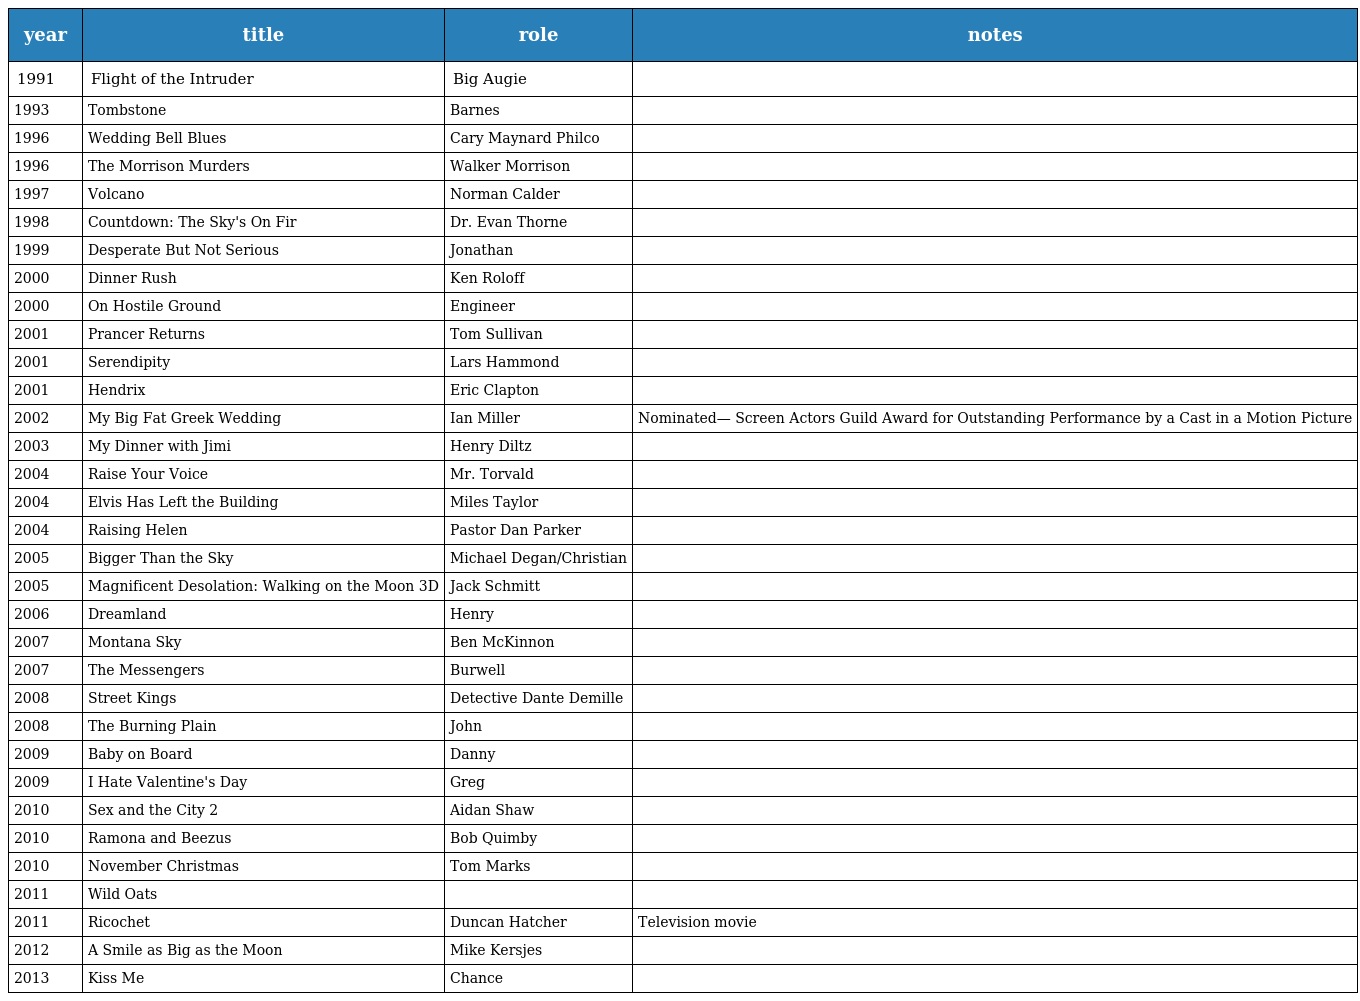
| year | title | role | notes |
 | --- | --- | --- | --- |
 | 1991 | Flight of the Intruder | Big Augie |  |
 | 1993 | Tombstone | Barnes |  |
 | 1996 | Wedding Bell Blues | Cary Maynard Philco |  |
 | 1996 | The Morrison Murders | Walker Morrison |  |
 | 1997 | Volcano | Norman Calder |  |
 | 1998 | Countdown: The Sky's On Fir | Dr. Evan Thorne |  |
 | 1999 | Desperate But Not Serious | Jonathan |  |
 | 2000 | Dinner Rush | Ken Roloff |  |
 | 2000 | On Hostile Ground | Engineer |  |
 | 2001 | Prancer Returns | Tom Sullivan |  |
 | 2001 | Serendipity | Lars Hammond |  |
 | 2001 | Hendrix | Eric Clapton |  |
 | 2002 | My Big Fat Greek Wedding | Ian Miller | Nominated— Screen Actors Guild Award for Outstanding Performance by a Cast in a Motion Picture |
 | 2003 | My Dinner with Jimi | Henry Diltz |  |
 | 2004 | Raise Your Voice | Mr. Torvald |  |
 | 2004 | Elvis Has Left the Building | Miles Taylor |  |
 | 2004 | Raising Helen | Pastor Dan Parker |  |
 | 2005 | Bigger Than the Sky | Michael Degan/Christian |  |
 | 2005 | Magnificent Desolation: Walking on the Moon 3D | Jack Schmitt |  |
 | 2006 | Dreamland | Henry |  |
 | 2007 | Montana Sky | Ben McKinnon |  |
 | 2007 | The Messengers | Burwell |  |
 | 2008 | Street Kings | Detective Dante Demille |  |
 | 2008 | The Burning Plain | John |  |
 | 2009 | Baby on Board | Danny |  |
 | 2009 | I Hate Valentine's Day | Greg |  |
 | 2010 | Sex and the City 2 | Aidan Shaw |  |
 | 2010 | Ramona and Beezus | Bob Quimby |  |
 | 2010 | November Christmas | Tom Marks |  |
 | 2011 | Wild Oats |  |  |
 | 2011 | Ricochet | Duncan Hatcher | Television movie |
 | 2012 | A Smile as Big as the Moon | Mike Kersjes |  |
 | 2013 | Kiss Me | Chance |  |